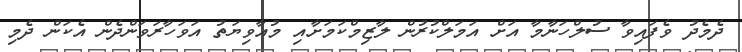
ދެމެދު ވެފައިވާ ސުލްހަނާމާ އަށް އަމަލްކުރުން ލާޒިމްކަމަށާއި މުއާވިޔަތު އަވަހާރަވަންދެން އެކަން ދެމި